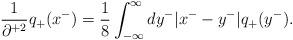
LaTeX: \begin{align*}\frac{1}{\partial^{+2}}q_+(x^-) =\frac{1}{8}\int^\infty _{-\infty} dy^- |x^--y^-|q_+(y^-).\end{align*}